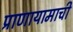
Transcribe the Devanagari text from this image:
प्राणायामाची